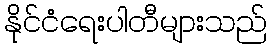
နိုင်ငံရေးပါတီများသည်